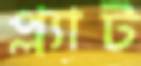
প্ল্যাট